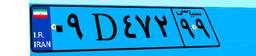
۰۹D۴۷۲۹۹